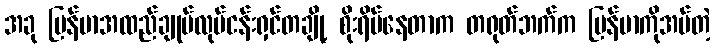
အခု မြန်မာအထည်ချုပ်လုပ်ငန်းရှင်တချို့ စိုးရိမ်နေတာက တရုတ်ဘက်က မြန်မာကိုအပ်တဲ့